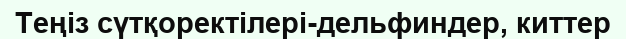
Теңіз сүтқоректілері-дельфиндер, киттер